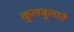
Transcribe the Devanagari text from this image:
कुलबुलाते